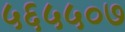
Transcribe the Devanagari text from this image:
५६५५०७